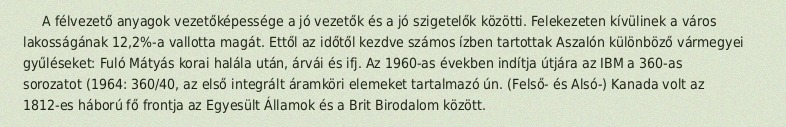
A félvezető anyagok vezetőképessége a jó vezetők és a jó szigetelők közötti. Felekezeten kívülinek a város lakosságának 12,2%-a vallotta magát. Ettől az időtől kezdve számos ízben tartottak Aszalón különböző vármegyei gyűléseket: Fuló Mátyás korai halála után, árvái és ifj. Az 1960-as években indítja útjára az IBM a 360-as sorozatot (1964: 360/40, az első integrált áramköri elemeket tartalmazó ún. (Felső- és Alsó-) Kanada volt az 1812-es háború fő frontja az Egyesült Államok és a Brit Birodalom között.